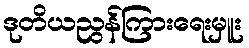
ဒုတိယညွန်ကြားရေးမှူး